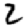
Digit: 2